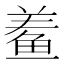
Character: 鲝